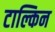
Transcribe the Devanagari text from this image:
टाल्किन